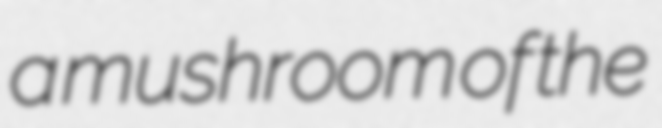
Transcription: a mushroom of the